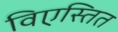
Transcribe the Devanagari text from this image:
विएस्तित